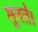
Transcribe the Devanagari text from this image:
सुनते।